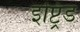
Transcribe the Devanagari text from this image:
इप्ट्रिड